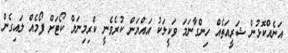
އަނެއްކޮޅުން ޝަރީއަތެއް ހިންގާނަމަ ވަކީލަކު އައްޔަން ކުރެވެނީ ކްރިމިނަލް ކޯޓަށް ފޯމެއް ލައިގެން